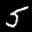
Label: 5